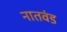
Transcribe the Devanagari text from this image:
नातवंड